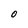
Character: O